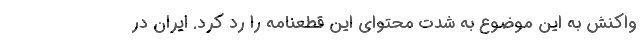
واکنش به این موضوع به شدت محتوای این قطعنامه را رد کرد. ایران در